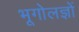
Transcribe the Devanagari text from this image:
भूगोलज्ञों